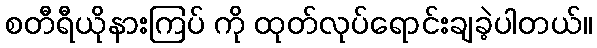
စတီရီယိုနားကြပ် ကို ထုတ်လုပ်ရောင်းချခဲ့ပါတယ်။